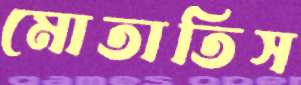
মোতাতিস